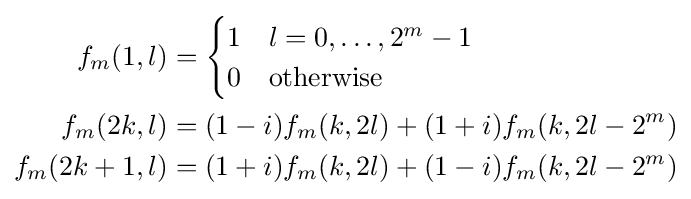
{\begin{alignedat}{2}f_{m}(1,l)&={\begin{cases}1&l=0,\dots ,2^{m}-1\\0&{\text{otherwise}}\end{cases}}\\f_{m}(2k,l)&=(1-i)f_{m}(k,2l)+(1+i)f_{m}(k,2l-2^{m})\\f_{m}(2k+1,l)&=(1+i)f_{m}(k,2l)+(1-i)f_{m}(k,2l-2^{m})\\\end{alignedat}}